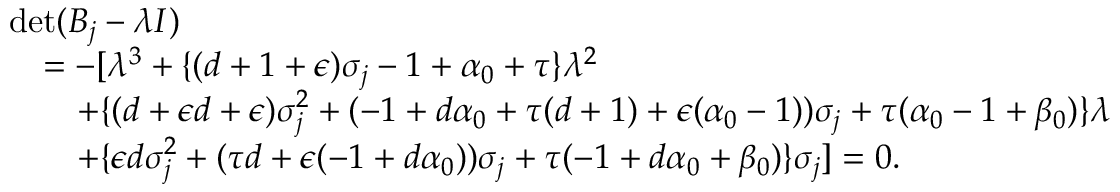
\begin{array} { r l } & { \mathrm { d e t } ( B _ { j } - \lambda I ) } \\ & { \quad = - [ \lambda ^ { 3 } + \{ ( d + 1 + { \epsilon } ) \sigma _ { j } - 1 + \alpha _ { 0 } + \tau \} \lambda ^ { 2 } } \\ & { \qquad + \{ ( d + { \epsilon } d + { \epsilon } ) \sigma _ { j } ^ { 2 } + ( - 1 + d \alpha _ { 0 } + \tau ( d + 1 ) + { \epsilon } ( \alpha _ { 0 } - 1 ) ) \sigma _ { j } + \tau ( \alpha _ { 0 } - 1 + \beta _ { 0 } ) \} \lambda } \\ & { \qquad + \{ { \epsilon } d \sigma _ { j } ^ { 2 } + ( \tau d + { \epsilon } ( - 1 + d \alpha _ { 0 } ) ) \sigma _ { j } + \tau ( - 1 + d \alpha _ { 0 } + \beta _ { 0 } ) \} \sigma _ { j } ] = 0 . } \end{array}